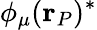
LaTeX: \phi_{\mu}(\mathbf{r}_{P})^{*}